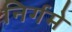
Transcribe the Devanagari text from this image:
निर्गमे